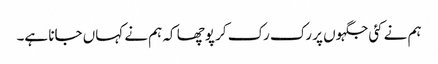
ہم نے کئی جگہوں پر رک رک کر پوچھا کہ ہم نے کہاں جانا ہے۔